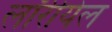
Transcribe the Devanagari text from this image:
लॉरीयेल